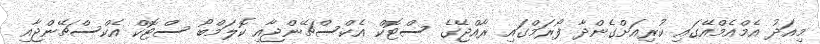
މިއަދު އެމްއެމްއޭގައި ކުރިއަށްގެންދާ ފޯރަމްގައި ރާއްޖޭގެ ސްޓޮކް އެކްސްޗޭންޖާއި ކޮލަމްބޯ ސްޓޮކް އެކްސްޗޭންޖާއި